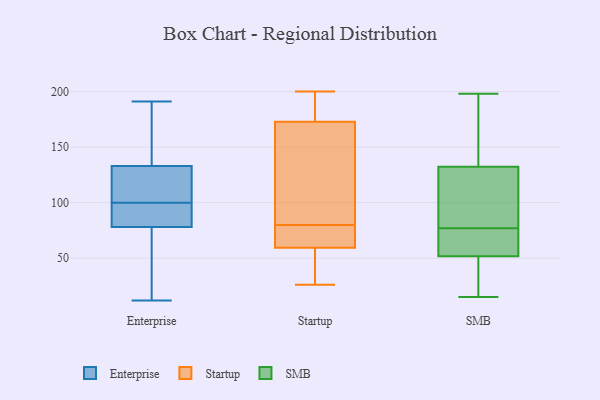
{"axis": {"x": "Headcount", "y": "Value"}, "legend": ["Enterprise", "SMB", "Startup"], "data": [{"x": "", "y": 191, "type": "Enterprise"}, {"x": "", "y": 83, "type": "Enterprise"}, {"x": "", "y": 100, "type": "Enterprise"}, {"x": "", "y": 134, "type": "Enterprise"}, {"x": "", "y": 12, "type": "Enterprise"}, {"x": "", "y": 63, "type": "Enterprise"}, {"x": "", "y": 173, "type": "Enterprise"}, {"x": "", "y": 77, "type": "Enterprise"}, {"x": "", "y": 78, "type": "Enterprise"}, {"x": "", "y": 104, "type": "Enterprise"}, {"x": "", "y": 103, "type": "Enterprise"}, {"x": "", "y": 133, "type": "Enterprise"}, {"x": "", "y": 100, "type": "Enterprise"}, {"x": "", "y": 79, "type": "Enterprise"}, {"x": "", "y": 185, "type": "Enterprise"}, {"x": "", "y": 61, "type": "Enterprise"}, {"x": "", "y": 111, "type": "Enterprise"}, {"x": "", "y": 95, "type": "Enterprise"}, {"x": "", "y": 195, "type": "Startup"}, {"x": "", "y": 184, "type": "Startup"}, {"x": "", "y": 26, "type": "Startup"}, {"x": "", "y": 61, "type": "Startup"}, {"x": "", "y": 80, "type": "Startup"}, {"x": "", "y": 80, "type": "Startup"}, {"x": "", "y": 137, "type": "Startup"}, {"x": "", "y": 200, "type": "Startup"}, {"x": "", "y": 159, "type": "Startup"}, {"x": "", "y": 169, "type": "Startup"}, {"x": "", "y": 32, "type": "Startup"}, {"x": "", "y": 67, "type": "Startup"}, {"x": "", "y": 55, "type": "Startup"}, {"x": "", "y": 54, "type": "SMB"}, {"x": "", "y": 70, "type": "SMB"}, {"x": "", "y": 51, "type": "SMB"}, {"x": "", "y": 102, "type": "SMB"}, {"x": "", "y": 121, "type": "SMB"}, {"x": "", "y": 184, "type": "SMB"}, {"x": "", "y": 85, "type": "SMB"}, {"x": "", "y": 189, "type": "SMB"}, {"x": "", "y": 156, "type": "SMB"}, {"x": "", "y": 15, "type": "SMB"}, {"x": "", "y": 198, "type": "SMB"}, {"x": "", "y": 54, "type": "SMB"}, {"x": "", "y": 47, "type": "SMB"}, {"x": "", "y": 19, "type": "SMB"}, {"x": "", "y": 136, "type": "SMB"}, {"x": "", "y": 28, "type": "SMB"}, {"x": "", "y": 121, "type": "SMB"}, {"x": "", "y": 67, "type": "SMB"}, {"x": "", "y": 77, "type": "SMB"}]}